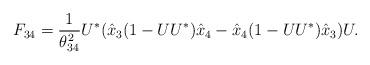
LaTeX: \begin{align*} F_{34} = \frac{1}{\theta_{34}^2} U^*( \hat{x}_3 (1-UU^*) \hat{x}_4 - \hat{x}_4 (1-UU^*) \hat{x}_3 )U.\end{align*}